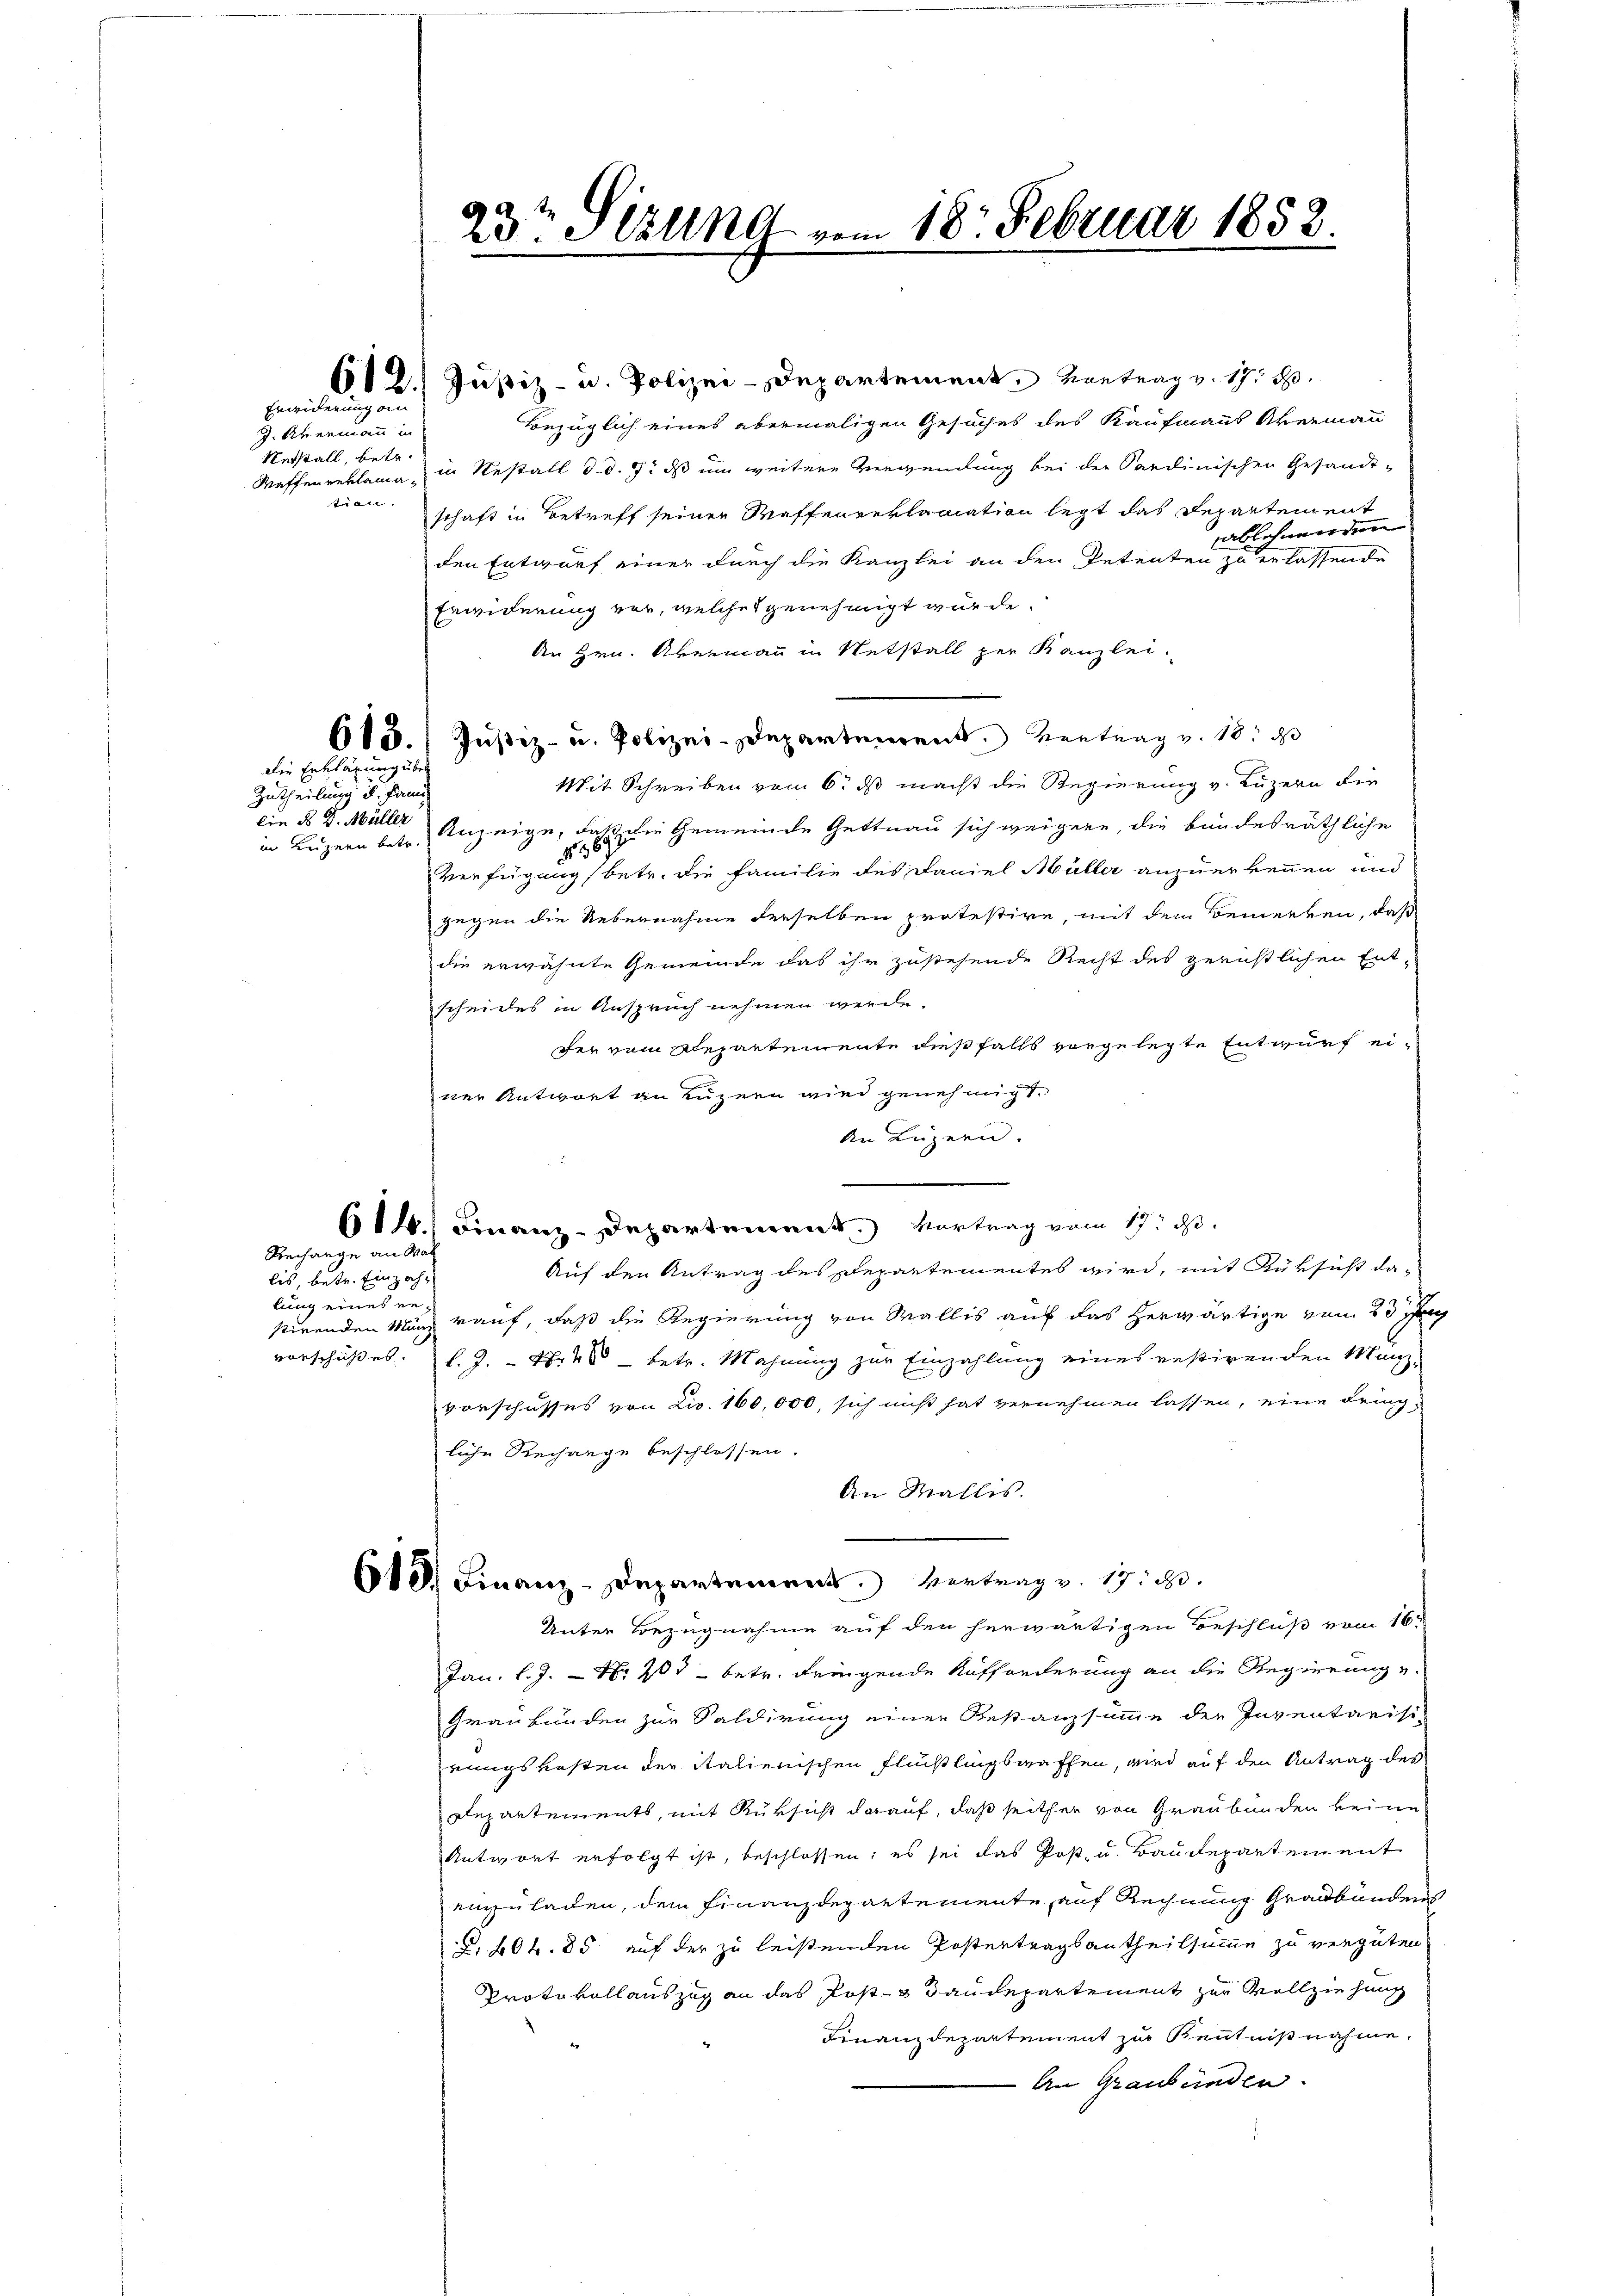
Erwiderung an

J. Abermann in
Netstall, betr.
tien.

Die Erklärung über
Zutheilung u. Fami
Ein B D. Müller
in Beizern betr.

Rechange an Wai

bis, betr. Einzahl
lung eines re¬

23ten Sizung vom 18. Februar 1858

Bezüglich eines abermaligen Gesuches des Kaufmanns Kreemann
Waffenreklama in Restall d. d. 7. ds um weitere Vergendung bei der Sardinischen Gesandt-
schaft in Betreff seiner Waffenreklamation legt das Departement
ablehnenden
den Entwurf einer durch die Kanzlei an den Petenten zu erlassende
Erwiderung vor, welches genehmigt wurde.
An Hrn. Abermann in Netstall per Kanzlei.
615. Justiz- u. Polizei-Departement. Kontrag v. 18. d
Mit Schreiben vom 6. ds macht die Regierung v. Luzern die
  die Gemeinde Gettnau sich weigere, die bundesräthliche
Anzeige, das
Verfügung betr. die Familie des Faniel Müller anzuerkennen und
gegen die Uebernahme derselben protestire, mit dem Bemerken, daß
die erwähnte Gemeinde das ihr zustehende Recht des gerichtlichen Entscheides in Anspruch nehmen werde.
fer vom Repartemente dießfalls vorgelegte Entwurf einer Antwort an Luzern wird genehmigt.
An Luzern.
614.) Finanz-Departement. Vortrag vom 17. ds.
Auf den Antrag des Departementes wird, mit Rüksicht dastirenden Manz rauf, daß die Regierung von Wallis auf das herwärtige vom 23 Jun
vorschußes. l. J. Nr. 4 betr. Mahnung zur Einzahlung eines restirenden Manzvorschusses von Liv. 160,000, sich nicht hat vernehmen lassen, eine dring-
liche Rechange beschlossen.
An Wallis.
6t. Finanz-Departement. Vertrag v. 17. d.
Unter Bezugnahme auf den herwärtigen Beschluß vom 16.
Jan. l. J. – Nr. 203 betr. dringende Aufforderung an die Regierung u.
Graubünden zur Saldirung einer Restanzsumme der Inventarisi-
rungskosten der italienischen Flüßlingswaffen, wird auf den Antrag des
Departements, mit Rüksicht darauf, daß seither von Graubünden keine
Antwort erfolgt ist, beschlossen; es sei das Post- u. Baudepartement
einzuladen, dem Finanzdepartemente auf Rechnung Graubünden.
§. 40 f. 85 auf der zu leistenden Postertragsantheilsumme zu vergüten
Protokoll auszug an das Post- & Baudepartement zur Vollziehung
Finanzdepartement zur Kenntnißnahme.
An Graubünden.

612. Justiz- u. Polizei-Departement. Vortrag v. 17. d.